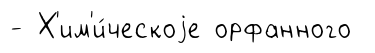
- Х'им'и́ческоjе орфанного